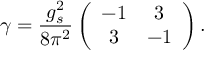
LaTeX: \gamma = \frac { g _ { s } ^ { 2 } } { 8 \pi ^ { 2 } } \left( \begin{array} { c c } { { - 1 } } & { { 3 } } \\ { { 3 } } & { { - 1 } } \end{array} \right) .